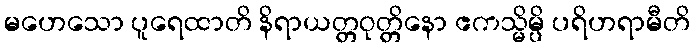
မဟေသော ပူရေထာတိ နိရာယတ္တဝုတ္တိနော ဧကသ္မိမ္ပိ ပရိဟရာမီတိ